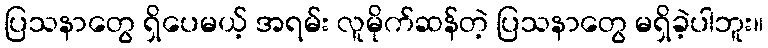
ပြသနာတွေ ရှိပေမယ့် အရမ်း လူမိုက်ဆန်တဲ့ ပြသနာတွေ မရှိခဲ့ပါဘူး။